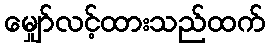
မျှော်လင့်ထားသည်ထက်